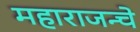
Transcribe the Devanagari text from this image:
महाराजन्चे